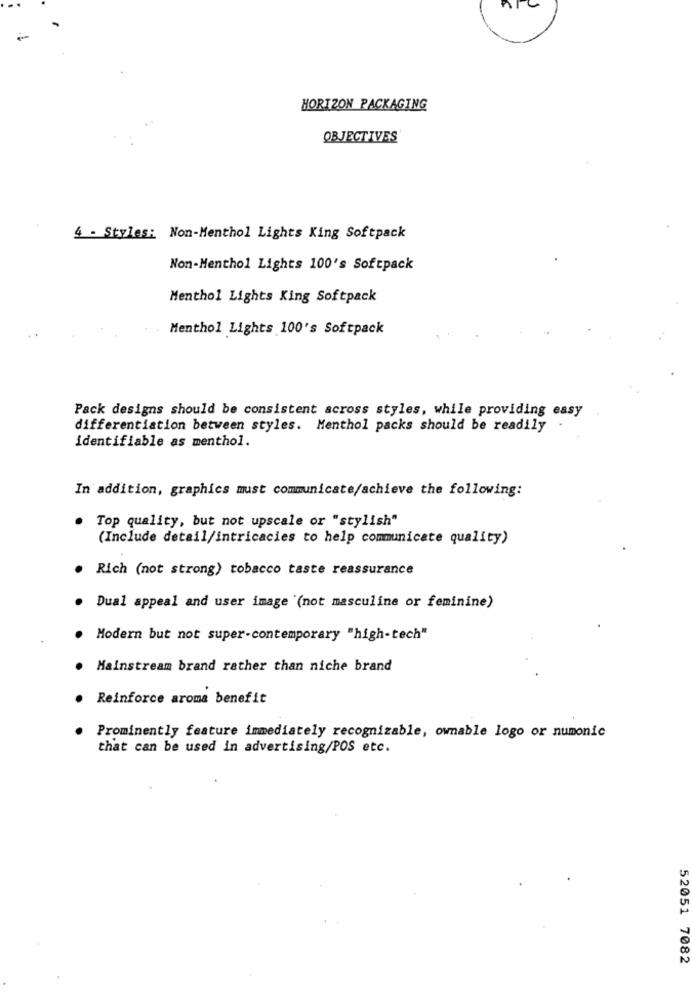
HORIZON PACKAGING
OBJECTIVES
4 - Styles: Non-Menthol Lights King Softpack
Non-Menthol Lights 100's Softpack
Menthol Lights King Softpack
Menthol Lights 100's Softpack
Pack designs should be consistent across styles, while providing easy
differentiation between styles. Menthol packs should be readily
identifiable as menthol.
In addition, graphics must communicate/achieve the following:
. Top quality, but not upscale or "stylish"
(Include detail/intricacies to help communicate quality)
Rich (not strong) tobacco taste reassurance
Dual appeal and user image (not masculine or feminine)
Modern but not super-contemporary "high-tech"
Mainstream brand rather than niche brand
Reinforce aroma benefit
Prominently feature immediately recognizable, ownable logo or numonic
that can be used in advertising/POS etc.
52051 7082